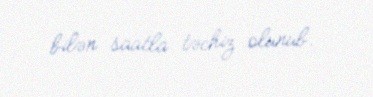
bilən saatla təchiz olunub.